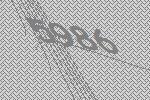
5986